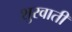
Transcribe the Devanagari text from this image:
शुरवाती